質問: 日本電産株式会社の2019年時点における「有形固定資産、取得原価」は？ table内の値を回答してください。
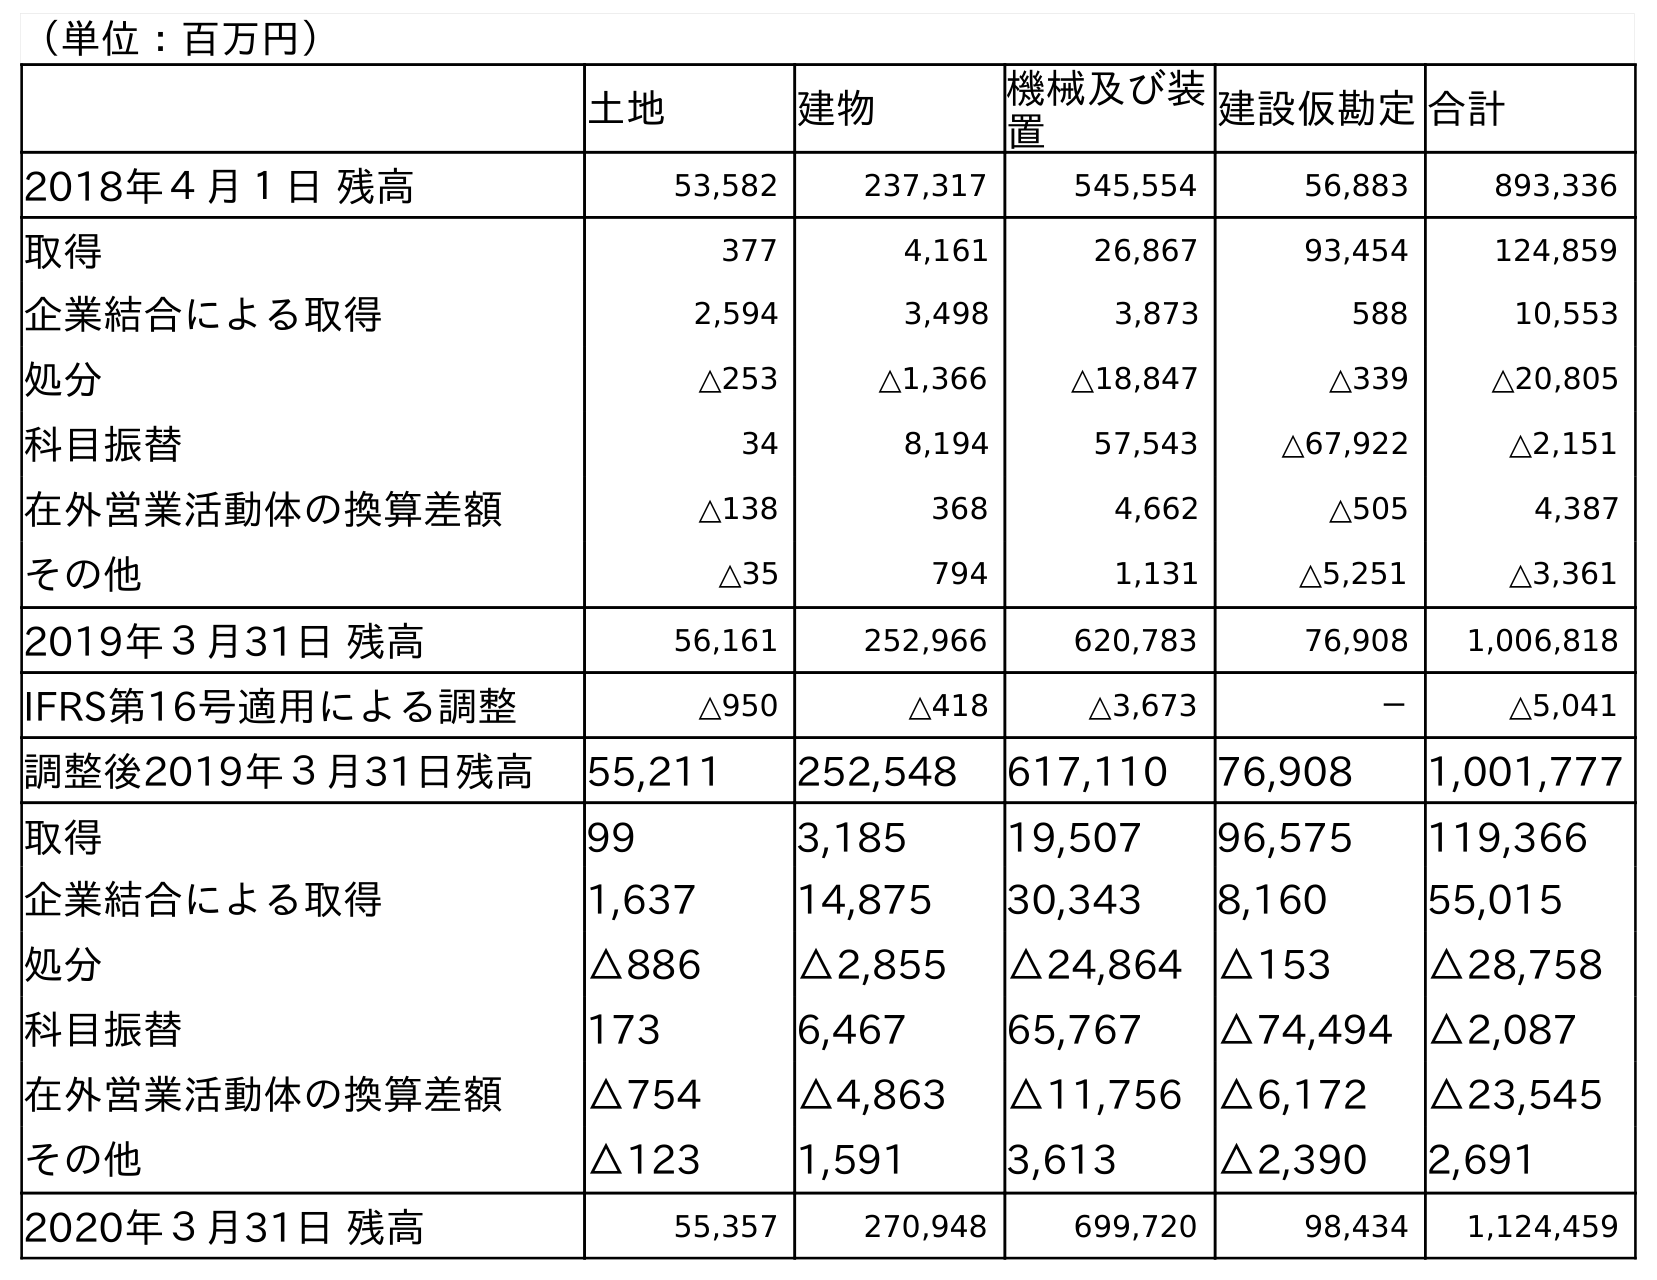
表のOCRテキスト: （単位：百万円） 土地 建物 機械及び装 置 建設仮勘定合計 2018年４月１日 残高 53,582 237,317 545,554 56,883 893,336 取得 377 4,161 26,867 93,454 124,859 企業結合による取得 2,594 3,498 3,873 588 10,553 処分 △253 △1,366 △18,847 △339 △20,805 科目振替 34 8,194 57,543 △67,922 △2,151 在外営業活動体の換算差額 △138 368 4,662 △505 4,387 その他 △35 794 1,131 △5,251 △3,361 2019年３月31日 残高 56,161 252,966 620,783 76,908 1,006,818 IFRS第16号適用による調整 △950 △418 △3,673 － △5,041 調整後2019年３月31日残高 55,211 252,548 617,110 76,908 1,001,777 取得 99 3,185 19,507 96,575 119,366 企業結合による取得 1,637 14,875 30,343 8,160 55,015 処分 △886 △2,855 △24,864 △153 △28,758 科目振替 173 6,467 65,767 △74,494 △2,087 在外営業活動体の換算差額 △754 △4,863 △11,756 △6,172 △23,545 その他 △123 1,591 3,613 △2,390 2,691 2020年３月31日 残高 55,357 270,948 699,720 98,434 1,124,459
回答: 1,006,818